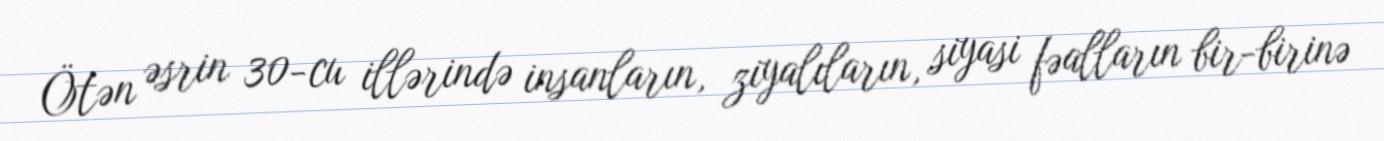
Ötən əsrin 30-cu illərində insanların, ziyalıların, siyasi fəalların bir-birinə